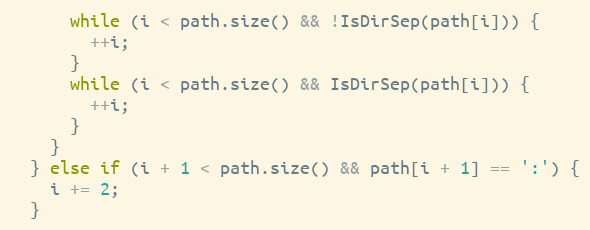
Language: C++
      while (i < path.size() && !IsDirSep(path[i])) {
        ++i;
      }
      while (i < path.size() && IsDirSep(path[i])) {
        ++i;
      }
    }
  } else if (i + 1 < path.size() && path[i + 1] == ':') {
    i += 2;
  }